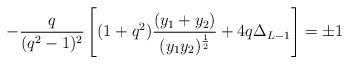
LaTeX: \begin{align*}- \frac{q}{(q^2 -1)^2} \left[ (1+q^2)\frac{(y_1 + y_2)}{(y_1 y_2)^{\frac{1}{2}}} + 4 q \Delta_{L-1} \right] = \pm 1 \end{align*}